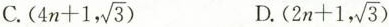
C.$$(4n+1, \sqrt{3})$$ D. $$(2n+1, \sqrt{3})$$